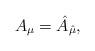
LaTeX: \begin{align*}A_\mu=\hat A_{\hat\mu},\end{align*}